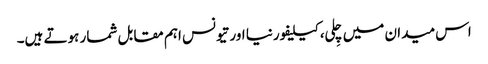
اس میدان میں چِلی، کیلیفورنیا اور تیونس اہم مقابل شمار ہوتے ہیں۔